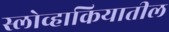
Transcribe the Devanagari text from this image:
स्लोव्हाकियातील